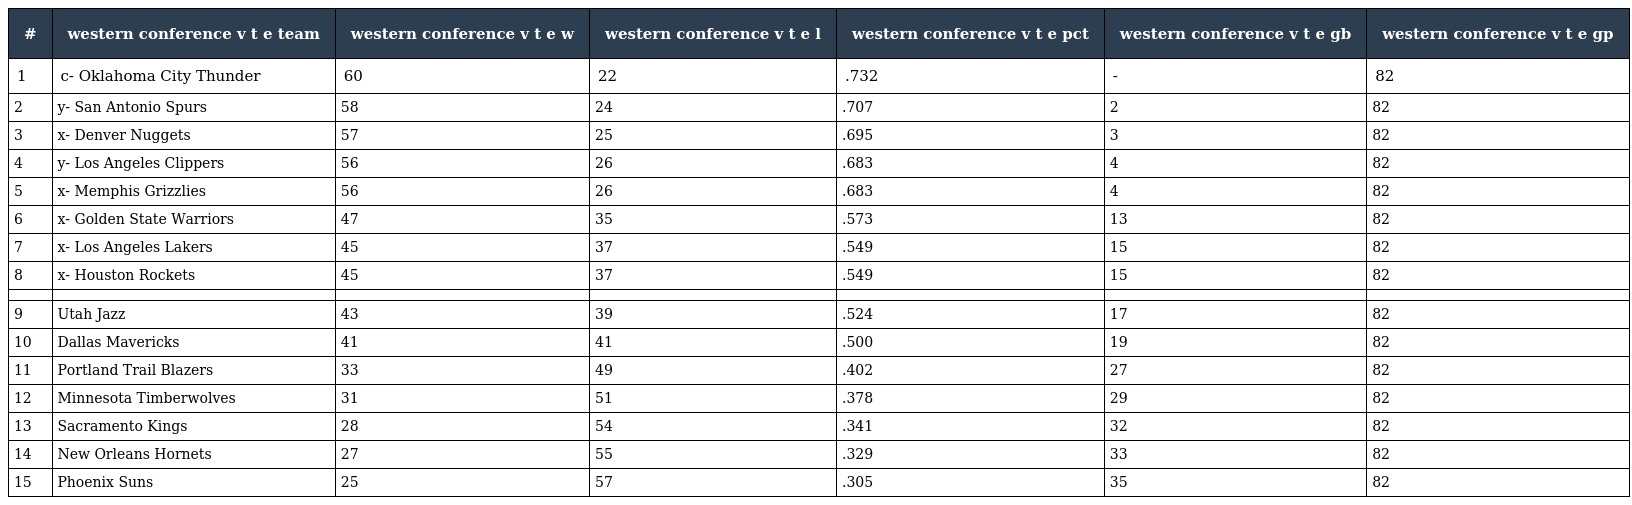
| # | western conference v t e team | western conference v t e w | western conference v t e l | western conference v t e pct | western conference v t e gb | western conference v t e gp |
 | --- | --- | --- | --- | --- | --- | --- |
 | 1 | c- Oklahoma City Thunder | 60 | 22 | .732 | - | 82 |
 | 2 | y- San Antonio Spurs | 58 | 24 | .707 | 2 | 82 |
 | 3 | x- Denver Nuggets | 57 | 25 | .695 | 3 | 82 |
 | 4 | y- Los Angeles Clippers | 56 | 26 | .683 | 4 | 82 |
 | 5 | x- Memphis Grizzlies | 56 | 26 | .683 | 4 | 82 |
 | 6 | x- Golden State Warriors | 47 | 35 | .573 | 13 | 82 |
 | 7 | x- Los Angeles Lakers | 45 | 37 | .549 | 15 | 82 |
 | 8 | x- Houston Rockets | 45 | 37 | .549 | 15 | 82 |
 |  |  |  |  |  |  |  |
 | 9 | Utah Jazz | 43 | 39 | .524 | 17 | 82 |
 | 10 | Dallas Mavericks | 41 | 41 | .500 | 19 | 82 |
 | 11 | Portland Trail Blazers | 33 | 49 | .402 | 27 | 82 |
 | 12 | Minnesota Timberwolves | 31 | 51 | .378 | 29 | 82 |
 | 13 | Sacramento Kings | 28 | 54 | .341 | 32 | 82 |
 | 14 | New Orleans Hornets | 27 | 55 | .329 | 33 | 82 |
 | 15 | Phoenix Suns | 25 | 57 | .305 | 35 | 82 |